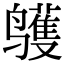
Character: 鹱